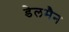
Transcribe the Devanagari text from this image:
डेलमैन